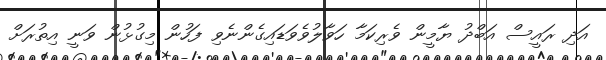
އަދި ރައީސް އަބްދު ޔާމީން ވެރިކަމާ ހަވާލުވެވަޑައިގެންނެވި ފަހުން މިގުޅުން ވަނީ އިތުރަށް